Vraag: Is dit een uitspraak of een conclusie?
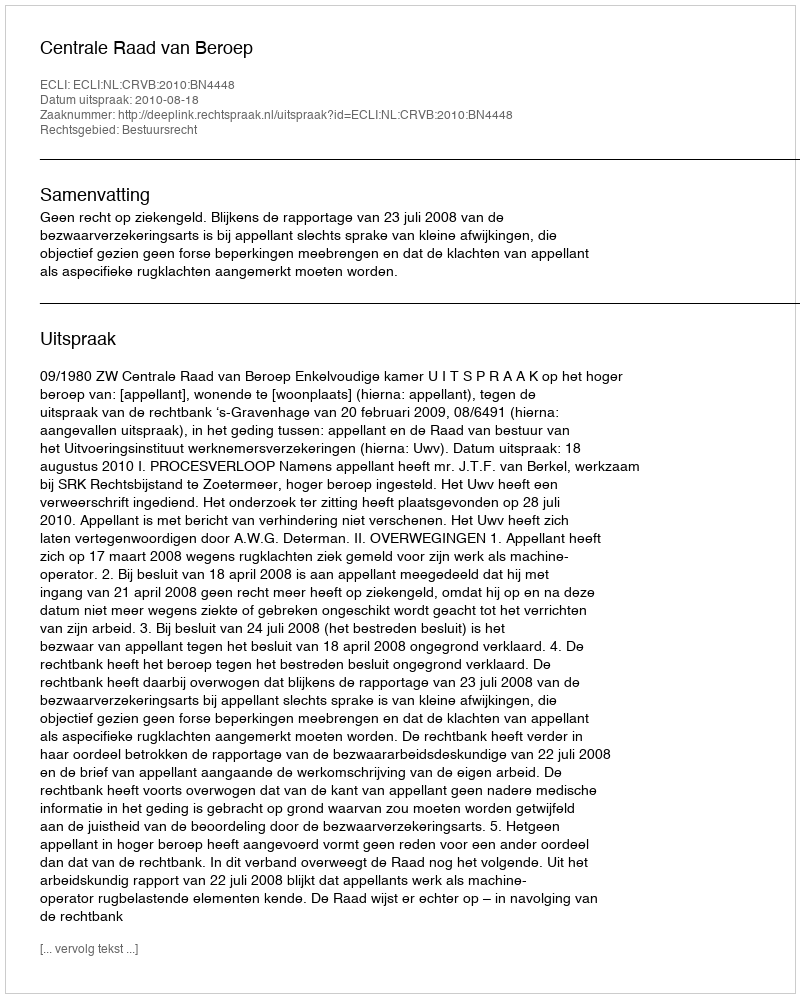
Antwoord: Uitspraak